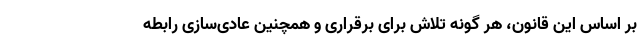
بر اساس این قانون، هر گونه تلاش برای برقراری و همچنین عادی‌سازی رابطه